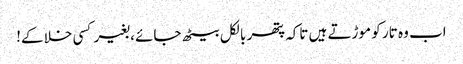
اب وہ تار کو موڑتے ہیں تاکہ پتھر بالکل بیٹھ جائے ، بغیر کسی خلا کے!